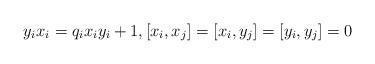
LaTeX: \begin{align*}y_i x_i= q_i x_i y_i+1, [x_i,x_j]=[x_i,y_j]=[y_i,y_j]=0\end{align*}